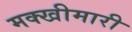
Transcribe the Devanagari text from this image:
मक्खीमारी